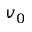
v _ { 0 }